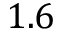
1 . 6